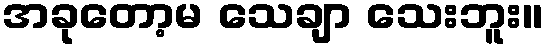
အခုတော့မ သေချာ သေးဘူး။